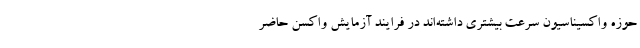
حوزه واکسیناسیون سرعت بیشتری داشته‌اند در فرایند آزمایش واکسن حاضر